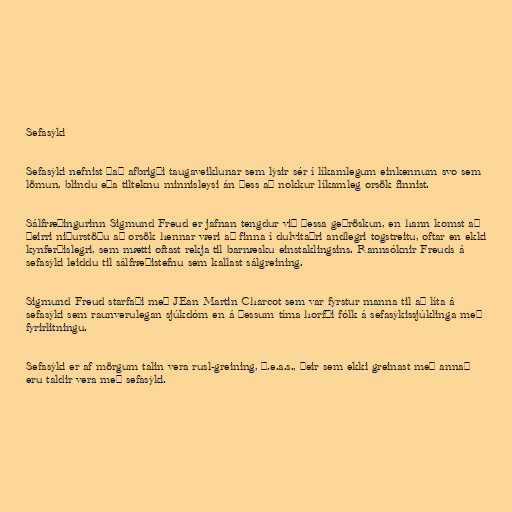
Sefasýki

Sefasýki nefnist það afbrigði taugaveiklunar sem lýsir sér í líkamlegum einkennum svo sem
lömun, blindu eða tilteknu minnisleysi án þess að nokkur líkamleg orsök finnist.

Sálfræðingurinn Sigmund Freud er jafnan tengdur við þessa geðröskun, en hann komst að
þeirri niðurstöðu að orsök hennar væri að finna í dulvitaðri andlegri togstreitu, oftar en ekki
kynferðislegri, sem mætti oftast rekja til barnæsku einstaklingsins. Rannsóknir Freuds á
sefasýki leiddu til sálfræðistefnu sem kallast sálgreining.

Sigmund Freud starfaði með JEan Martin Charcot sem var fyrstur manna til að líta á
sefasýki sem raunverulegan sjúkdóm en á þessum tíma horfði fólk á sefasýkissjúklinga með
fyrirlitningu.

Sefasýki er af mörgum talin vera rusl-greining, þ.e.a.s., þeir sem ekki greinast með annað
eru taldir vera með sefasýki.